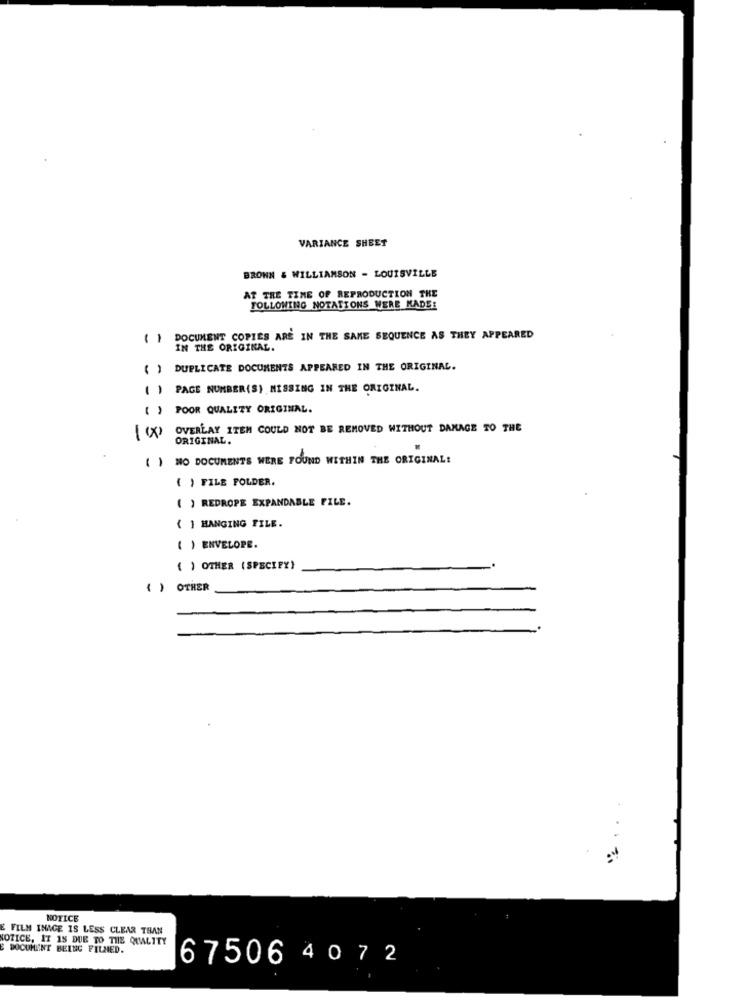
VARIANCE SHEET
BRONN & WILLIAMSON - LOUISVILLE
AT THE TIME OF REPRODUCTION THE
FOLLOWING NOTATIONS WERE KADE:
DOCUMENT COPIES ARE IN THE SAME SEQUENCE AS THEY APPEARED
IN THE ORIGINAL.
() DUPLICATE DOCUMENTS APPEARED IN THE ORIGINAL.
( ) PAGE NUMBER(S) MISSING IN THE ORIGINAL.
[ ) POOR QUALITY ORIGINAL.
(X) OVERLAY ITEM COULD NOT BE REMOVED WITHOUT DAMAGE TO THE
ORIGINAL.
( ) NO DOCUMENTS WERE FOUND WITHIN THE ORIGINAL:
( ) FILE POLDER.
( ) REDROPE EXPANDABLE FILE.
{ } HANGING FILE.
( ) ENVELOPE.
( ) OTHER (SPECIFY)
( ) OTHER
.. .
NOTICE
FILM IMAGE IS LESS CLEAR THAN
NOTICE, IT 15 DUE TO THE QUALITY
E DOCUMENT BEING FILMED.
67506 4072